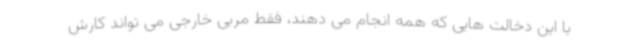
با این دخالت هایی که همه انجام می دهند، فقط مربی خارجی می تواند کارش